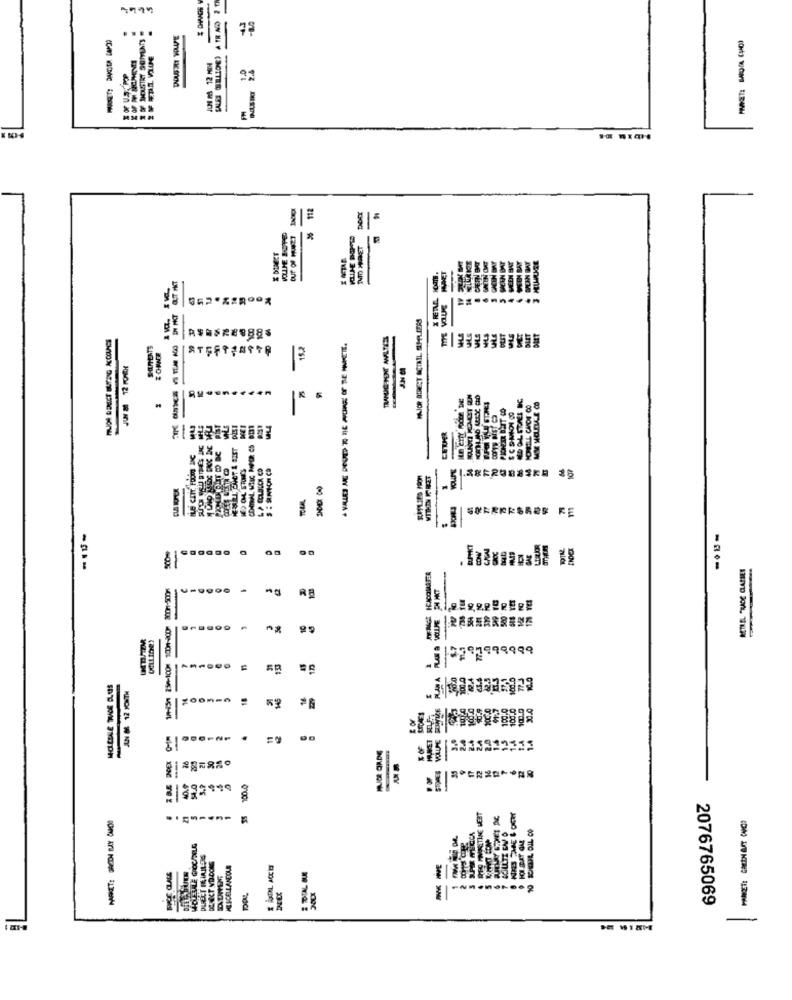
214
INTO MAKET
----------
U-
Fin
-
XX
44
SOREPRSRON KE
BETHEL TRADE CLASSES
----
----
-
RE
10
YEREKERRRENE
-
PLAN A
AN & 12 MONTH
11
.
12
SOLLTE CAV O
DECT VD.COMS
2 TOTAL BUK
2076765069
----
-